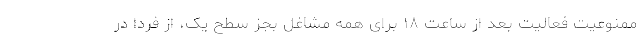
ممنوعیت فعالیت بعد از ساعت ۱۸ برای همه مشاغل بجز سطح یک، از فردا در